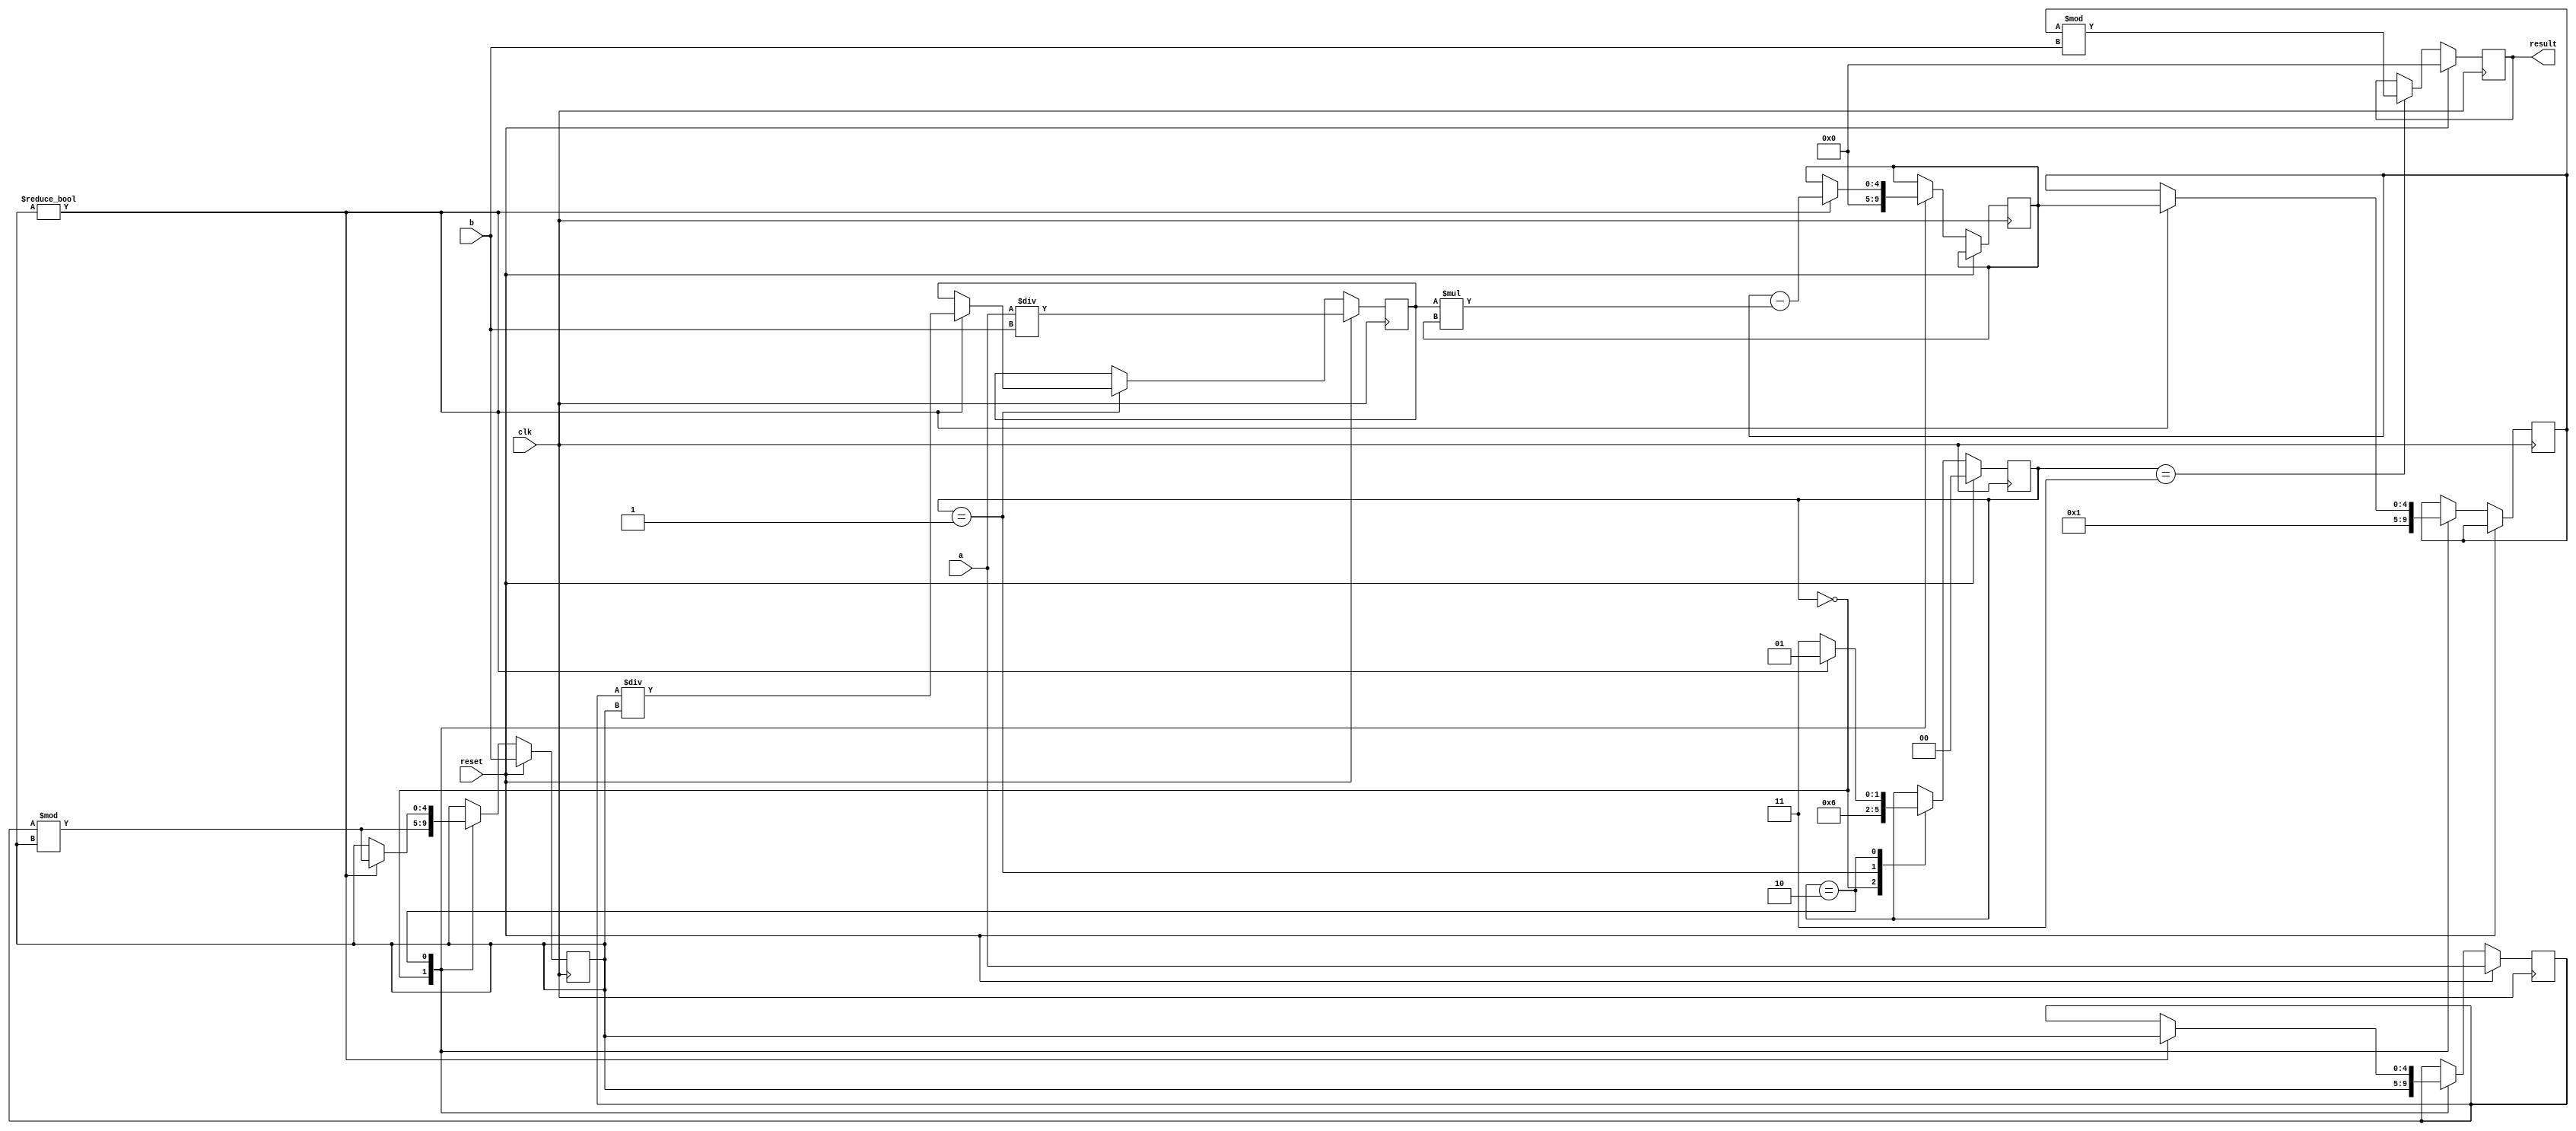
`timescale 1ns / 1ps

/** @module : extended_euclidean
 *  @author : Secure Trusted and Assured Microelectronics (STAM) Center

 *  Copyright (c) 2023 PQC.Secure (STAM/SCAI/ASU)
 *  Permission is hereby granted, free of charge, to any person obtaining a copy
 *  of this software and associated documentation files (the "Software"), to deal
 *  in the Software without restriction, including without limitation the rights
 *  to use, copy, modify, merge, publish, distribute, sublicense, and/or sell
 *  copies of the Software, and to permit persons to whom the Software is
 *  furnished to do so, subject to the following conditions:
 *  The above copyright notice and this permission notice shall be included in
 *  all copies or substantial portions of the Software.
 *
 *  THE SOFTWARE IS PROVIDED "AS IS", WITHOUT WARRANTY OF ANY KIND, EXPRESS OR
 *  IMPLIED, INCLUDING BUT NOT LIMITED TO THE WARRANTIES OF MERCHANTABILITY,
 *  FITNESS FOR A PARTICULAR PURPOSE AND NONINFRINGEMENT. IN NO EVENT SHALL THE
 *  AUTHORS OR COPYRIGHT HOLDERS BE LIABLE FOR ANY CLAIM, DAMAGES OR OTHER
 *  LIABILITY, WHETHER IN AN ACTION OF CONTRACT, TORT OR OTHERWISE, ARISING FROM,
 *  OUT OF OR IN CONNECTION WITH THE SOFTWARE OR THE USE OR OTHER DEALINGS IN
 *  THE SOFTWARE.
 *
 *
 */

module extended_euclidean(clk, reset, a, b, result);

input clk, reset;
input [4:0] a, b;
output reg [4:0] result;

reg [4:0] temp_a, temp_b;
reg [4:0] prevx, x;
reg [4:0] prevy, y;
reg [4:0] q;
reg [1:0] STATE;
parameter IDLE = 0;
parameter INITIAL = 1;
parameter COMPUTE = 2;
parameter OUTPUT = 3;

always @ (posedge clk) begin
    if (reset) begin
        result <= 0;
        STATE <= 0;
        temp_a <= a;
        temp_b <= b;
        q <= a/b;
    end
    else 
    case (STATE)
        IDLE:
        begin
            prevx <= 1;
            x <= 0;
            prevy <= 0;
            y = 1;
            temp_a <= temp_b;
            temp_b <= temp_a % temp_b;
            STATE <= INITIAL;
        end
        INITIAL:
        begin
            if (temp_b != 0)
                q <= temp_a/temp_b;
            STATE <= COMPUTE;
        end
        COMPUTE:
        begin
            if (temp_b != 0) begin
                x <= prevx - q * x;
                prevx <= x;
                y <= prevy - q * y;
                prevy <= y;
                temp_a <= temp_b;
                temp_b <= temp_a % temp_b;
                STATE <= INITIAL;
            end
            else
                STATE <= OUTPUT;
        end
        OUTPUT:
        begin
            result <= prevx % b;
        end
    endcase
end

endmodule